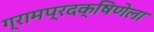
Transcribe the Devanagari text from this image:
ग्रामप्रदक्षिणेला